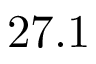
2 7 . 1